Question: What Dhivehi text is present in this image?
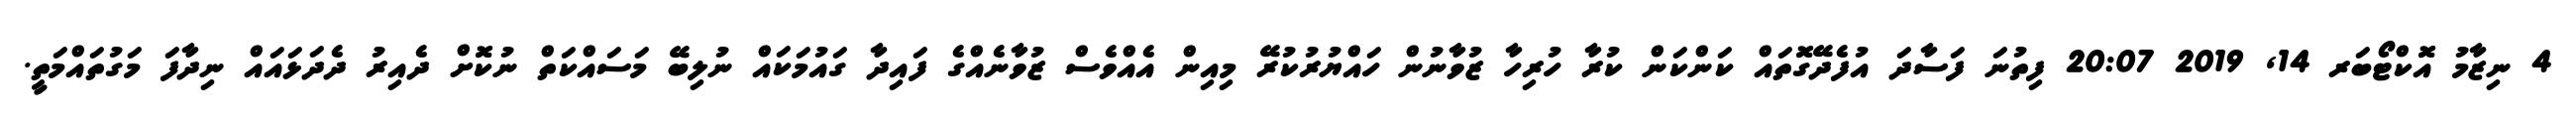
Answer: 4 ނިޒާމު އޮކްޓޯބަރ 14, 2019 20:07 ފިތުނަ ފަސާދަ އުފެދޭގޮތައް ކަންކަން ކުރާ ހުރިހާ ޒުވާނުން ހައްޔުރުކުރޭ މިއިން އެއްވެސް ޒުވާނެއްގެ ފައިދާ ގައުމަކައް ނުލިބޭ މަސައްކަތް ނުކޮށް ދެއިރު ދެދަޅައައް ނިދާފަ މަގުތައްމަތީ.